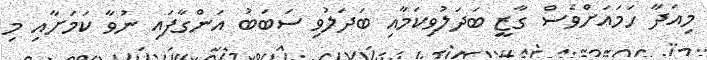
މިއަދާ ހަމައަށްވެސް ގާޒީ ބަދަލުވިކަމާއި ބަދަލުވި ސަބަބު އަންގާފައި ނުވާ ކަމަށާއި މި